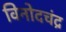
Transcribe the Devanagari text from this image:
विनोदचंद्र